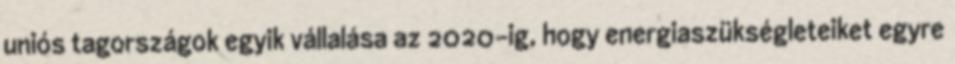
uniós tagországok egyik vállalása az 2020-ig, hogy energiaszükségleteiket egyre